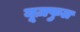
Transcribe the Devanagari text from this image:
यूज़फुल